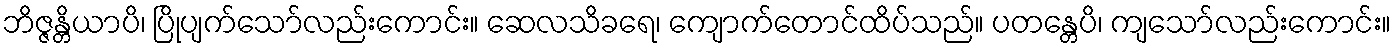
ဘိဇ္ဇန္တိယာပိ၊ ပြိုပျက်သော်လည်းကောင်း။ ဆေလသိခရေ၊ ကျောက်တောင်ထိပ်သည်။ ပတန္တေပိ၊ ကျသော်လည်းကောင်း။